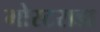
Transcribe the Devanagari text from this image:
मोस्टराडा